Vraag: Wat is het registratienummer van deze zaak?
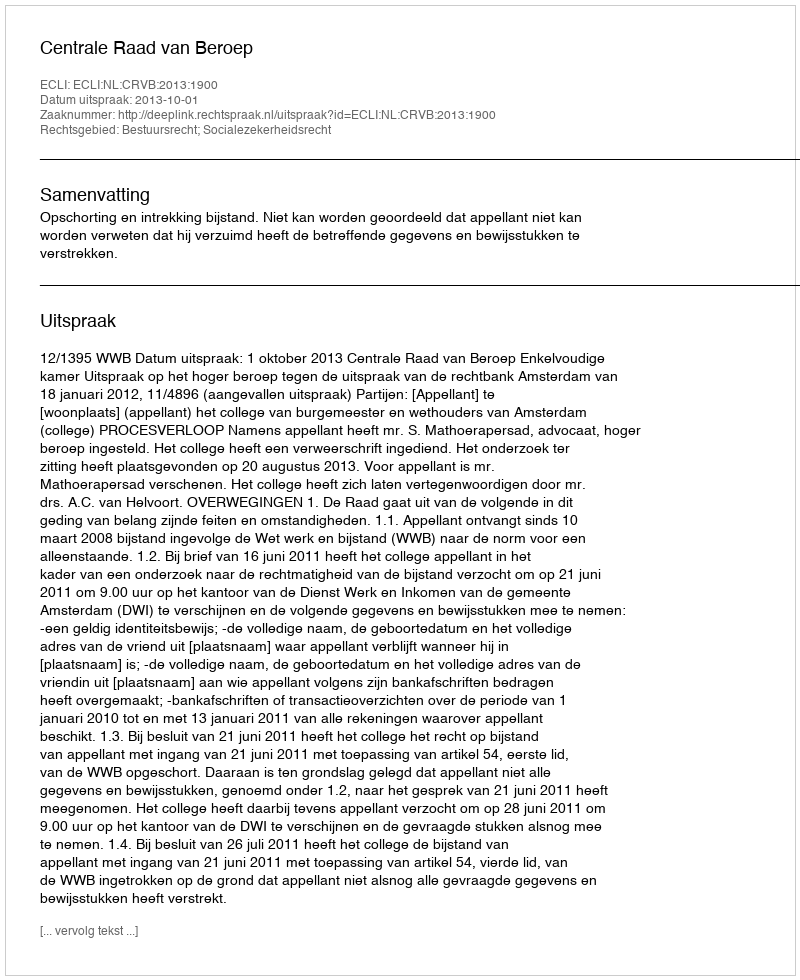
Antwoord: http://deeplink.rechtspraak.nl/uitspraak?id=ECLI:NL:CRVB:2013:1900